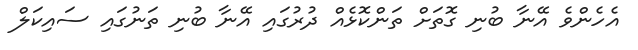
އެހެންވެ އޭނާ ބުނި ގޮތަށް ތަންކޮޅެއް ދުރުގައި އޭނާ ބުނި ތަނުގައި ސައިކަލް